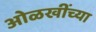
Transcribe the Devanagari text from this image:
ओळखींच्या